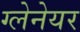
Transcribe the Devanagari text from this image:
ग्लेनेयर